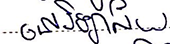
នៅវិទ្យាល័យ